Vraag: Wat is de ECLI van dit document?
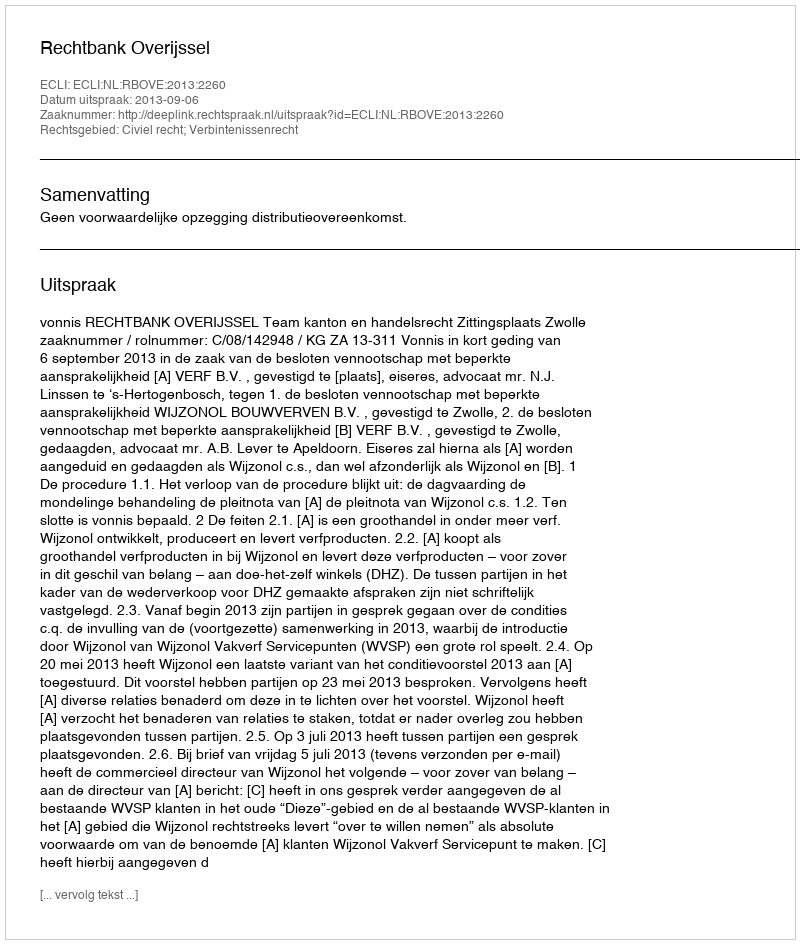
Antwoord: ECLI:NL:RBOVE:2013:2260